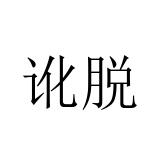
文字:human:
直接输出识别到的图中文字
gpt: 讹脱